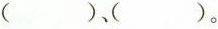
()、()。